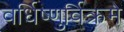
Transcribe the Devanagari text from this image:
वर्धिष्णुर्विक्रमे